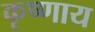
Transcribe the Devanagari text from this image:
कृष्णाय